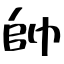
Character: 帥